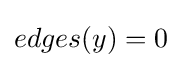
edges(y)=0